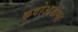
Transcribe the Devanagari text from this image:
कवोआडोंगा